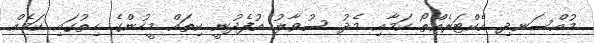
މުއްސަނދި އެކްޓަރެއްތޯ ކަމާއި މެދު ސުވާލު އުފެދުނީ ކިތައް މީހުންގެ ހިތުގައި ކަމެއް